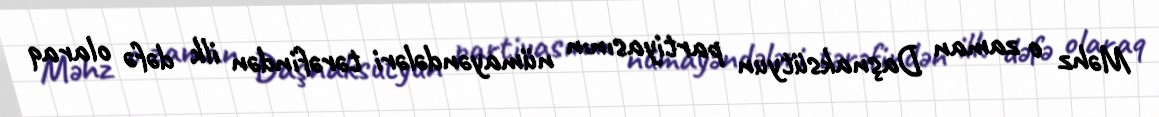
Məhz o zaman Daşnaksütyun partiyasının nümayəndələri tərəfindən ilk dəfə olaraq